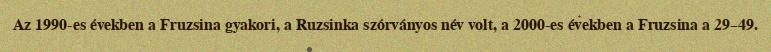
Az 1990-es években a Fruzsina gyakori, a Ruzsinka szórványos név volt, a 2000-es években a Fruzsina a 29–49.